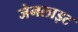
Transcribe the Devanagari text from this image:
जेनलाइट